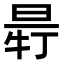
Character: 𣆽